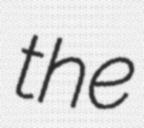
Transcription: the